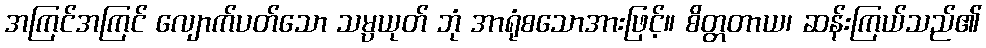
အကြင်အကြင် လျောက်ပတ်သော သမ္ပယုတ် ဘုံ အာရုံစသောအားဖြင့်။ စိတ္တတာယ၊ ဆန်းကြယ်သည်၏